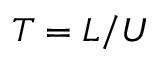
T = L / U